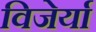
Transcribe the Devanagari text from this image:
विजेर्या